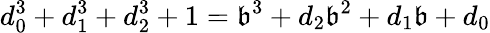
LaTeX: d_{0}^{3}+d_{1}^{3}+d_{2}^{3}+1=\mathfrak{b}^{3}+d_{2}\mathfrak{b}^{2}+d_{1}\mathfrak{b}+d_{0}